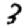
Digit: 3